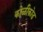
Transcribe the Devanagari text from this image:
कोळीकोड